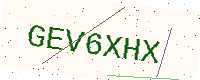
Text: GEV6XHX